画像に写った文字を読んでください
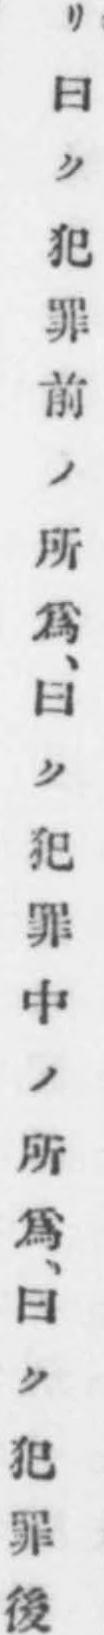
「リ曰ク犯罪前ノ所爲、曰ク犯罪中ノ所爲、曰ク犯罪後」と書いてあります